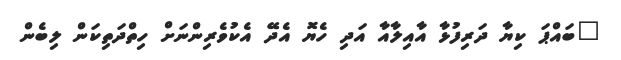
"ބައްޕަ ކިޔާ ދަރިފުޅާ އާއިލާއާ އަދި ހެޔޮ އެދޭ އެކުވެރިންނަށް ހިތްދަތިކަން ލިބެން